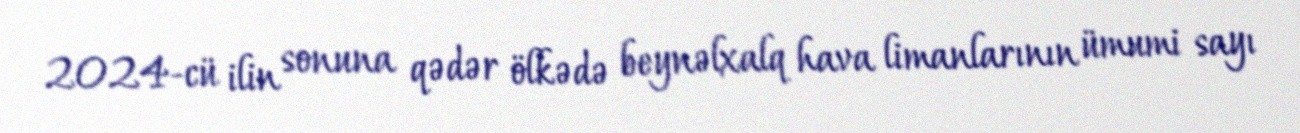
2024-cü ilin sonuna qədər ölkədə beynəlxalq hava limanlarının ümumi sayı